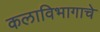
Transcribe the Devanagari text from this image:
कलाविभागाचे